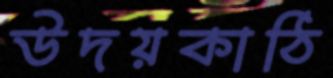
উদয়কাঠি